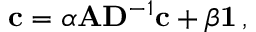
\begin{array} { r } { { \bf c } = \alpha { \bf A } { \bf D } ^ { - 1 } { \bf c } + \beta { \bf 1 } \, , } \end{array}